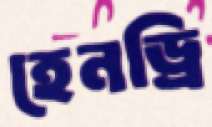
হেনড্রি